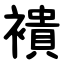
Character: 䙡